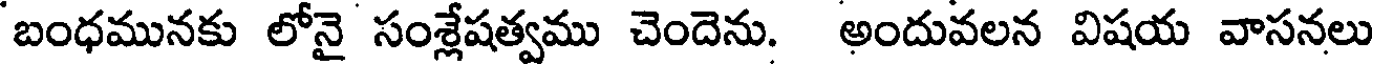
బంధమునకు లోనై సంశ్లేషత్వము చెందెను. అందువలన విషయ వాసనలు